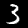
Label: 3